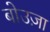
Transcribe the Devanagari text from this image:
बोउज़ा